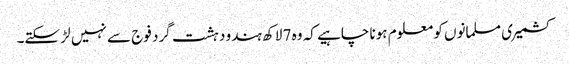
کشمیری مسلمانوں کو معلوم ہونا چاہیے کہ وہ 7 لاکھ ہندو دہشت گرد فوج سے نہیں لڑ سکتے۔